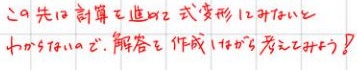
これ先の計算で進める式を形にしていこう
よくあるやつで、解答を作りながら考えていこう